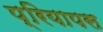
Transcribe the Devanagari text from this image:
प्रियापस